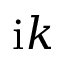
\mathrm { i } k